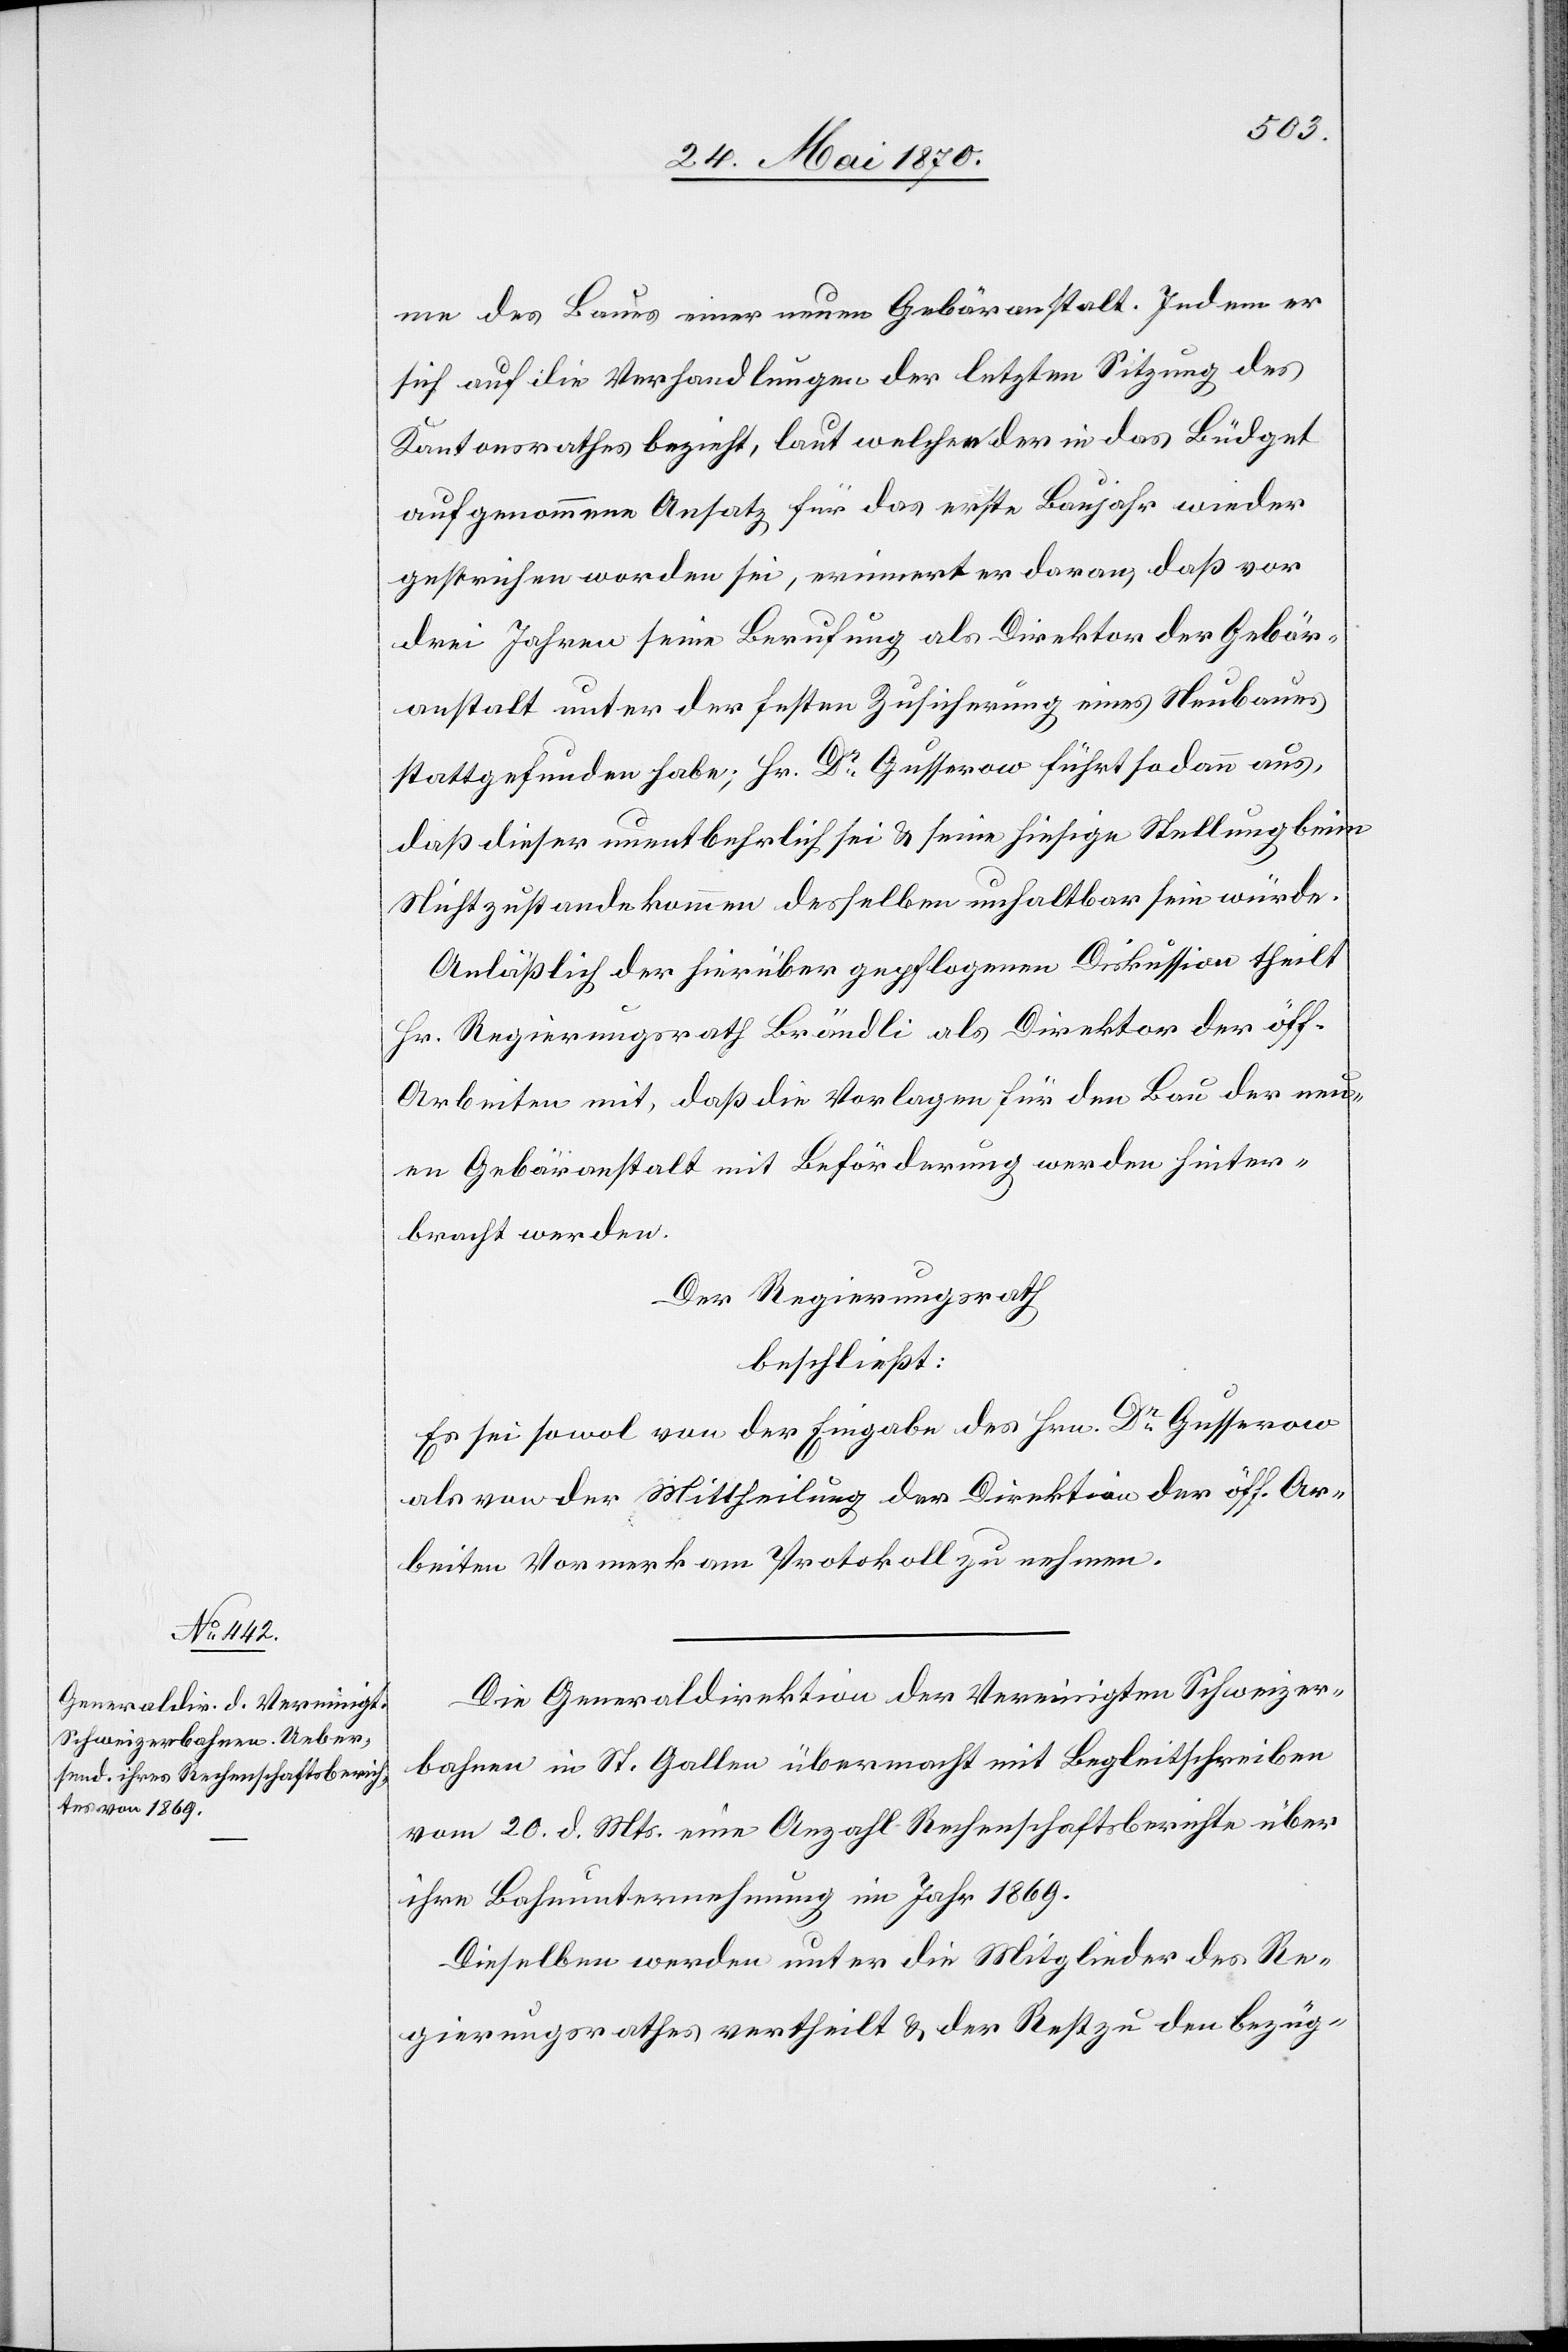
me des Baues einer neuen Gebäranstalt. Indem er
sich auf die Verhandlungen der letzten Sitzung des
Kantonsrathes bezieht, laut welcher der in das Büdget
aufgenommene Ansatz für das erste Baujahr wieder
gestrichen worden sei, erinnert er daran, daß vor
drei Jahren seine Berufung als Direktor der Gebär¬
anstalt unter der festen Zusicherung eines Neubaues
stattgefunden habe; Hr. Dr Gusserow führt sodann aus,
daß dieser unentbehrlich sei & seine hiesige Stellung beim
Nichtzustandekommen desselben unhaltbar sein würde.
Anläßlich der hierüber gepflogenen Diskussion theilt
Hr. Regierungsrath Brändli als Direktor der öff.
Arbeiten mit, daß die Vorlagen für den Bau der neu¬
en Gebäranstalt mit Beförderung werden hinter¬
bracht werden.
Der Regierungsrath
beschließt:
Es sei sowol von der Eingabe des Hrn. Gusserow
als von der Mittheilung der Direktion der öff. Ar¬
beiten Vormerk am Protokoll zu nehmen.
Die Generaldirektion der Vereinigten Schweizer¬
bahnen in St. Gallen übermacht mit Begleitschreiben
vom 20. d. Mts. eine Anzahl Rechenschaftsberichte über
ihre Bahnunternehmung im Jahr 1869.
Dieselben werden unter die Mitglieder des Re¬
gierungsrathes vertheilt & der Rest zu den bezüg-